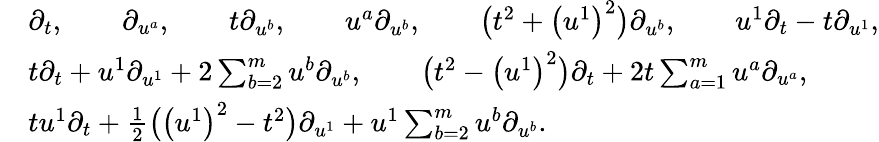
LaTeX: \begin{array}{rl}&{\partial_{t},\qquad\partial_{u^{a}},\qquad t\partial_{u^{b}},\qquad u^{a}\partial_{u^{b}},\qquad\bigl(t^{2}+\bigl(u^{1}\bigr)^{2}\bigr)\partial_{u^{b}},\qquad u^{1}\partial_{t}-t\partial_{u^{1}},}\\ &{t\partial_{t}+u^{1}\partial_{u^{1}}+2\sum_{b=2}^{m}u^{b}\partial_{u^{b}},\qquad\bigl(t^{2}-\bigl(u^{1}\bigr)^{2}\bigr)\partial_{t}+2t\sum_{a=1}^{m}u^{a}\partial_{u^{a}},}\\ &{tu^{1}\partial_{t}+\frac{1}{2}\bigl(\bigl(u^{1}\bigr)^{2}-t^{2}\bigr)\partial_{u^{1}}+u^{1}\sum_{b=2}^{m}u^{b}\partial_{u^{b}}.}\end{array}